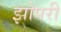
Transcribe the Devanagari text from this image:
झोपरी